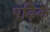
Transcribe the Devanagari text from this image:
पढ़िकें